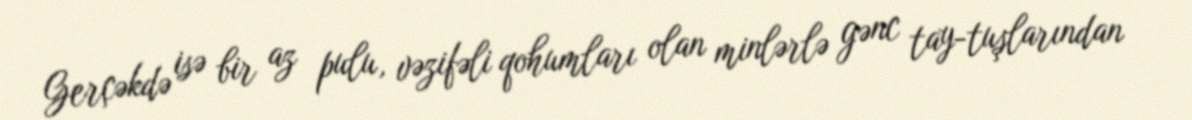
Gerçəkdə isə bir az pulu, vəzifəli qohumları olan minlərlə gənc tay-tuşlarından